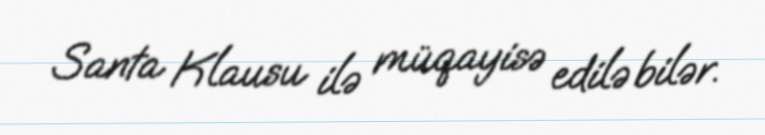
Santa Klausu ilə müqayisə edilə bilər.